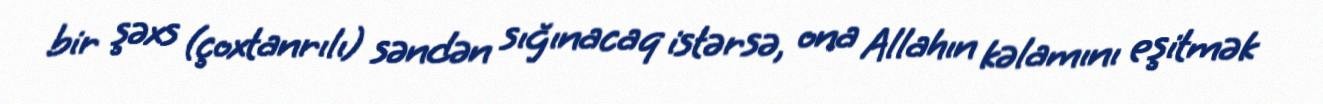
bir şəxs (çoxtanrılı) səndən sığınacaq istərsə, ona Allahın kəlamını eşitmək